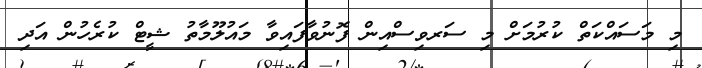
މި މަސައްކަތް ކުރުމަށް މި ސަރވިސްއިން ފޮނުވާފައިވާ މައުލޫމާތު ޝީޓް ކުރެހުން އަދި